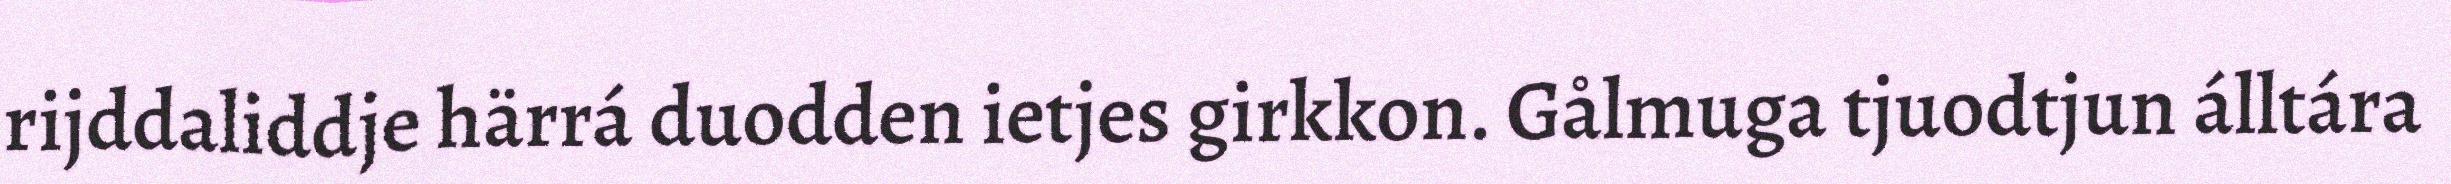
rijddaliddje härrá duodden ietjes girkkon. Gålmuga tjuodtjun álltára